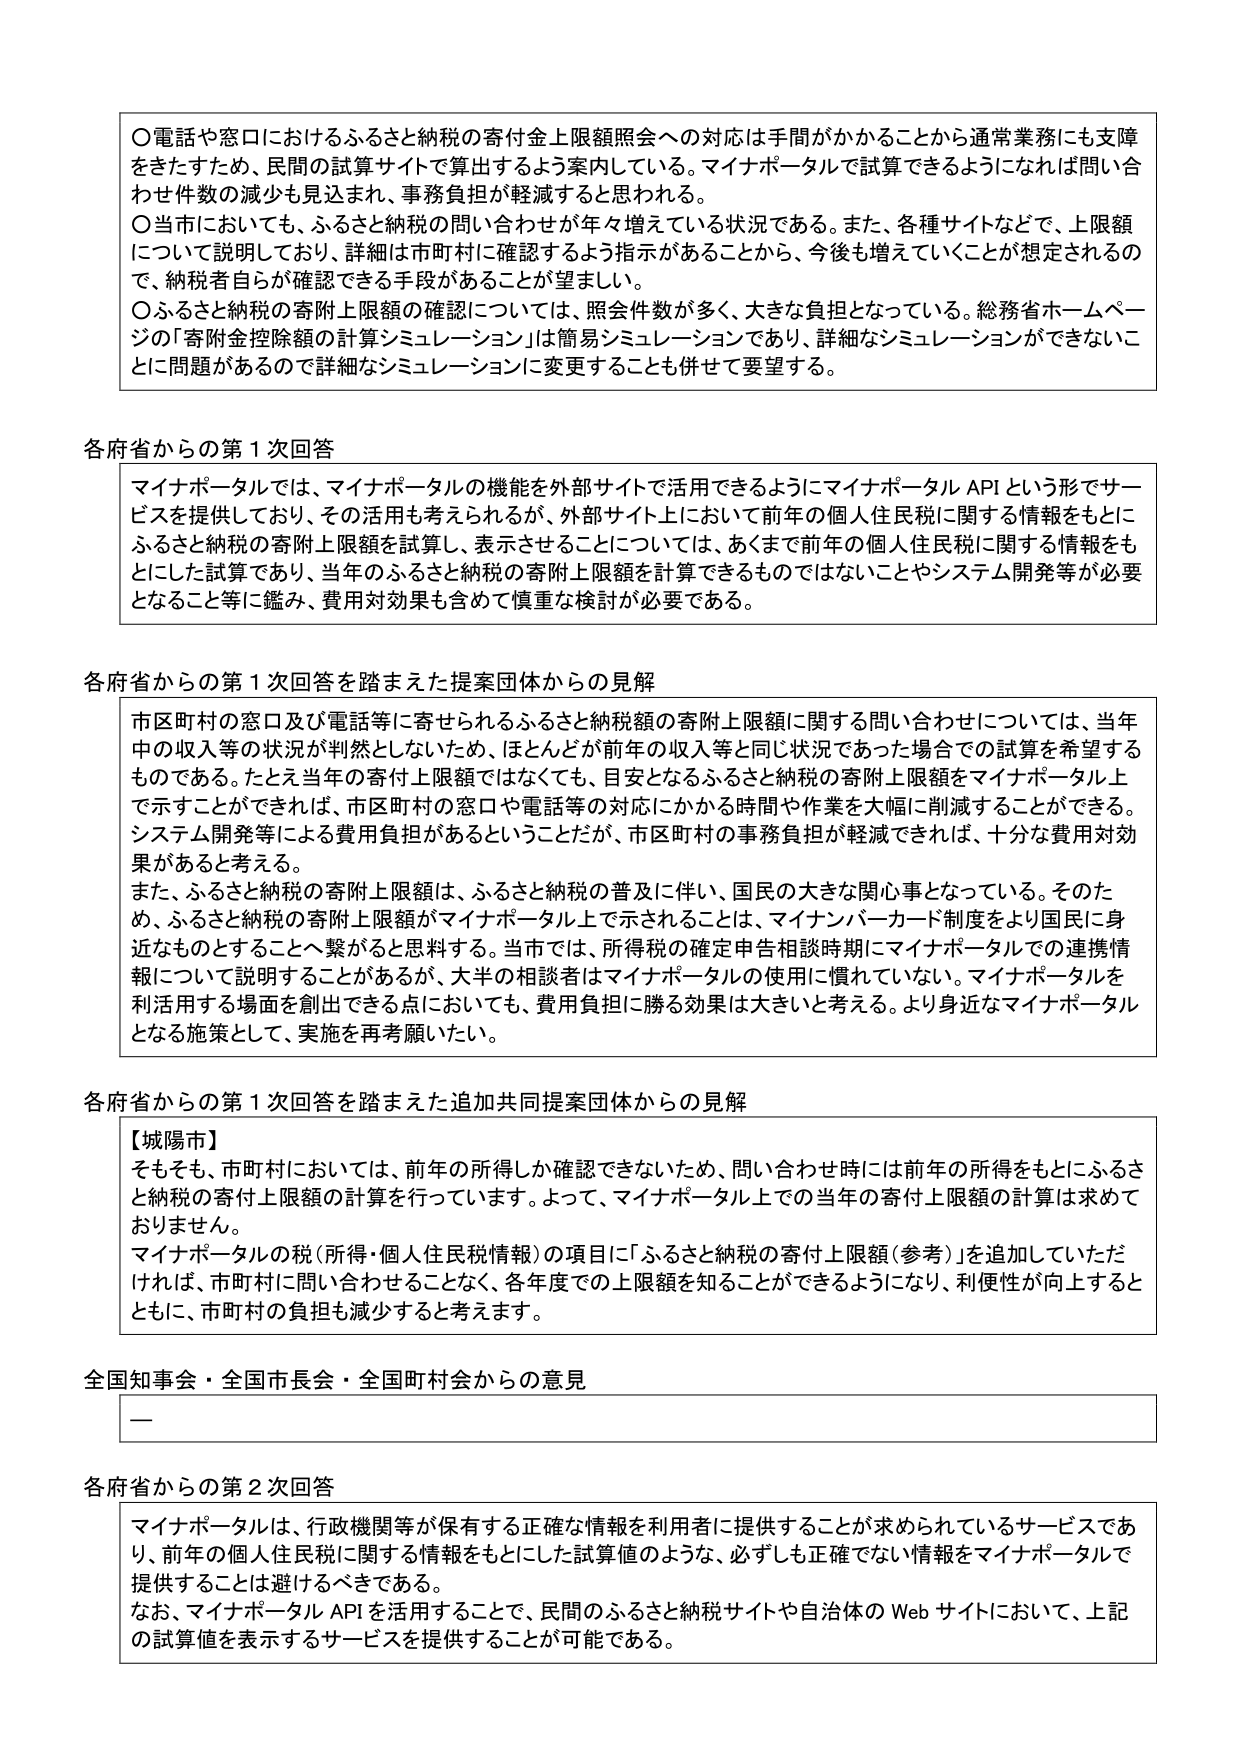
〇電話や窓口におけるふるさと納税の寄付金上限額照会への対応は手間がかかることがから通常業務にも支障をきたすため、民間の試算サイトで算出するよう案内している。マイナポータルで試算できるようになれば問い合わせ件数の減少も見込まれ、事務負担が軽減すると思われる。
〇当市においても、ふるさと納税の問い合わせが年々増えている状況である。また、各種サイトなどで、上限額について説明しており、詳細は市町村に確認するよう指示があることから、今後も増えていくことが想定されるので、納税者自身が確認できる手段があることが望ましい。
〇ふるさと納税の寄附上限額の確認については、照会件数が多く、大きな負担となっている。総務省ホームページの「寄附金控除額の計算シミュレーション」は簡易シミュレーションであり、詳細なシミュレーションができないことに問題があるので詳細なシミュレーションに変更することも併せて要望する。

各府省からの第１次回答
マイナポータルでは、マイナポータルの機能を外部サイトで活用できるようにマイナポータルAPIという形でサービスを提供しており、その活用も考えられるが、外部サイト上において前年の個人住民税に関する情報をもとにふるさと納税の寄附上限額を試算し、表示させることについては、あくまで前年の個人住民税に関する情報をもとにした試算であり、当年のふるさと納税の寄附上限額を計算できるものではないことやシステム開発等が必要となること等に鑑み、費用対効果も含めて慎重な検討が必要である。

各府省からの第１次回答を踏まえた提案団体からの見解
市区町村の窓口及び電話等に寄せられるふるさと納税額の寄附上限額に関する問い合わせについては、当年中の収入等の状況が判然としないため、ほとんどが前年の収入等と同じ状況であった場合での試算を希望するものである。たとえ当年の寄付上限額ではなくても、目安となるふるさと納税の寄附上限額をマイナポータル上で示すことができれば、市区町村の窓口や電話等の対応にかかる時間や作業を大幅に削減することができる。システム開発等による費用負担があるということだが、市区町村の事務負担が軽減できれば、十分な費用対効果があると考える。
また、ふるさと納税の寄附上限額は、ふるさと納税の普及に伴い、国民の大きな関心事となっている。そのため、ふるさと納税の寄附上限額がマイナポータル上で示されることは、マイナンバーカード制度をより国民に身近なものとすることへ繋がると think する。当市では、所得税の確定申告相談時期にマイナポータルでの連携情報について説明することがあるが、大半の相談者はマイナポータルの使用に慣れていない。マイナポータルを利活用する場面を創出できる点においても、費用負担に勝る効果は大きいと考える。より身近なマイナポータルとなる施策として、実施を再考願いたい。

各府省からの第１次回答を踏まえた追加共同提案団体からの見解
【城陽市】
そもそも、市町村においては、前年の所得しか確認できないため、問い合わせ時には前年の所得をもとにふるさと納税の寄付上限額の計算を行っています。よって、マイナポータル上での当年の寄付上限額の計算は求めておりません。
マイナポータルの税（所得・個人住民税情報）の項目に「ふるさと納税の寄付上限額（参考）」を追加していただければ、市町村に問い合わせることなく、各年度での上限額を知ることができるようになり、利便性が向上するとともに、市町村の負担も減少すると考えます。

全国知事会・全国市長会・全国町村会からの意見
—

各府省からの第２次回答
マイナポータルは、行政機関等が保有する正確な情報を利用者に提供することが求められているサービスであり、前年の個人住民税に関する情報をもとにした試算値のような、必ずしも正確でない情報をマイナポータルで提供することは避けるべきである。
なお、マイナポータルAPIを活用することで、民間のふるさと納税サイトや自治体のWebサイトにおいて、上記の試算値を表示するサービスを提供することが可能である。